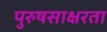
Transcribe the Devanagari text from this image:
पुरुषसाक्षरता